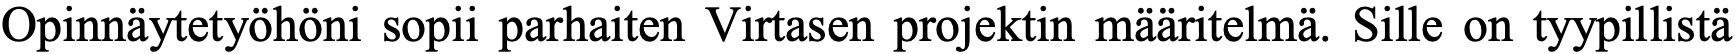
Opinnäytetyöhöni sopii parhaiten Virtasen projektin määritelmä. Sille on tyypillistä